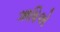
ઋષિએ